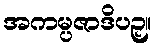
အကမ္ပဇာဒိပဉှ။